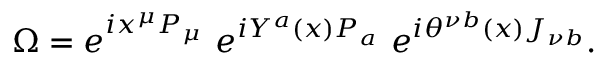
\Omega = e ^ { i x ^ { \mu } P _ { \mu } } \ e ^ { i Y ^ { a } ( x ) P _ { a } } \ e ^ { i \theta ^ { \nu b } ( x ) J _ { \nu b } } .